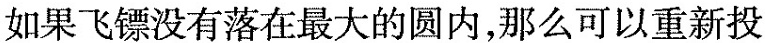
如果飞镖没有落在最大的圆内，那么可以重新投